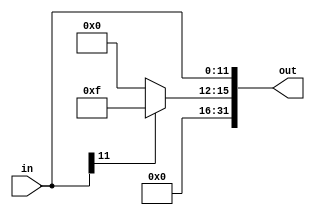
module gen_l_padder
#(
	parameter IN_WIDTH = 12,
	parameter OUT_WIDTH = 32,
	parameter L_PAD_WIDTH = 4
)
(
	input wire [IN_WIDTH - 1:0] in,
	output wire [OUT_WIDTH - 1:0] out
);
	reg [L_PAD_WIDTH - 1 :0] left_pad;
	wire [L_PAD_WIDTH - 1:0] left_zeros_pad = {L_PAD_WIDTH{1'b0}};
	wire [L_PAD_WIDTH - 1:0] left_ones_pad = {L_PAD_WIDTH{1'b1}};

	assign out = {left_pad, in};
	always @(in)
	begin
		if (in[IN_WIDTH-1])
		begin
			left_pad = left_ones_pad;
		end
		else
		begin
			left_pad = left_zeros_pad;
		end
	end

endmodule